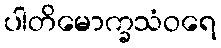
ပါတိမောက္ခသံဝရေ